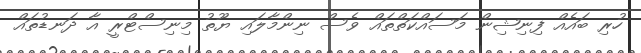
ހުރި ބައެއް ފިނިޝިން މަސައްކަތްތައް ވެސް ނިންމާލައި ޔޫތު މިނިސްޓްރީ އާ ދަނޑުތައް